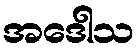
အဒေါသ